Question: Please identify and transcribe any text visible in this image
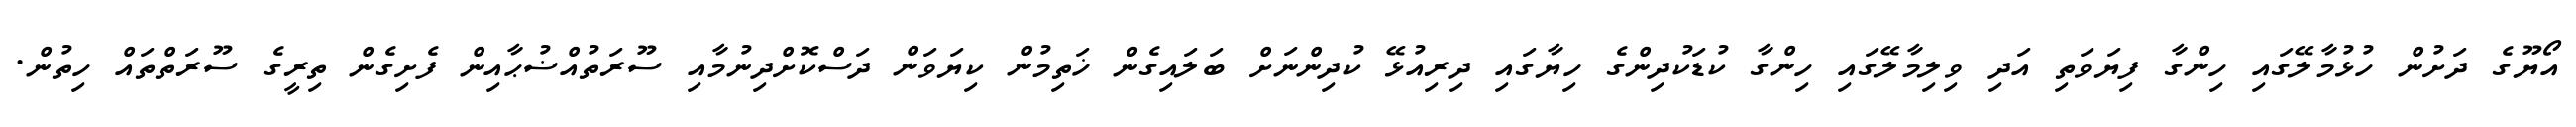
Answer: އޯޔޫގެ ދަށުން ހުޅުމާލޭގައި ހިންގާ ފިޔަވަތި އަދި ވިލިމާލޭގައި ހިންގާ ކުޑަކުދިންގެ ހިޔާގައި ދިރިއުޅޭ ކުދިންނަށް ބަލައިގެން ޚަތިމުން ކިޔަވަން ދަސްކޮށްދިނުމާއި ސޫރަތުއްޟުޙާއިން ފެށިގެން ތިރީގެ ސޫރަތްތައް ހިތުން.